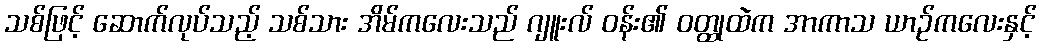
သစ်ဖြင့် ဆောက်လုပ်သည့် သစ်သား အိမ်ကလေးသည် ဂျူးလ် ဝန်း၏ ဝတ္ထုထဲက အာကာသ ယာဉ်ကလေးနှင့်